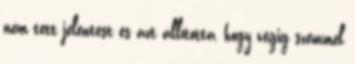
nem tett jelentést és azt állította, hogy végig szemmel